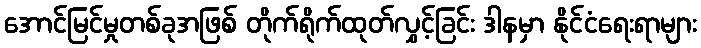
အောင်မြင်မှုတစ်ခုအဖြစ် တိုက်ရိုက်ထုတ်လွှင့်ခြင်း ဒါနမှာ နိုင်ငံရေးရာများ